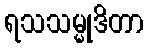
ရသသမ္မုဒိတာ